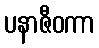
ပနာဇီဝကာ